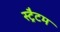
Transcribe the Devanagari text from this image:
स्ट्रैटम